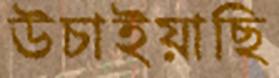
উচাইয়াছি